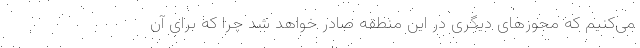
می‌کنیم که مجوزهای دیگری در این منطقه صادر خواهد شد چرا که برای آن